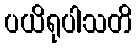
ပယိရုပါသတိ